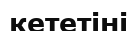
кететіні